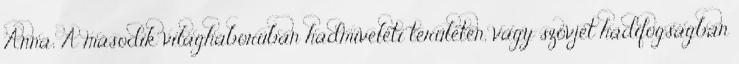
Anna; A második világháborúban hadmıveleti területen, vagy szovjet hadifogságban